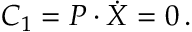
{ \cal C } _ { 1 } = P \cdot \dot { X } = 0 \, .